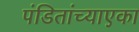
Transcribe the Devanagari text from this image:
पंडितांच्याएका